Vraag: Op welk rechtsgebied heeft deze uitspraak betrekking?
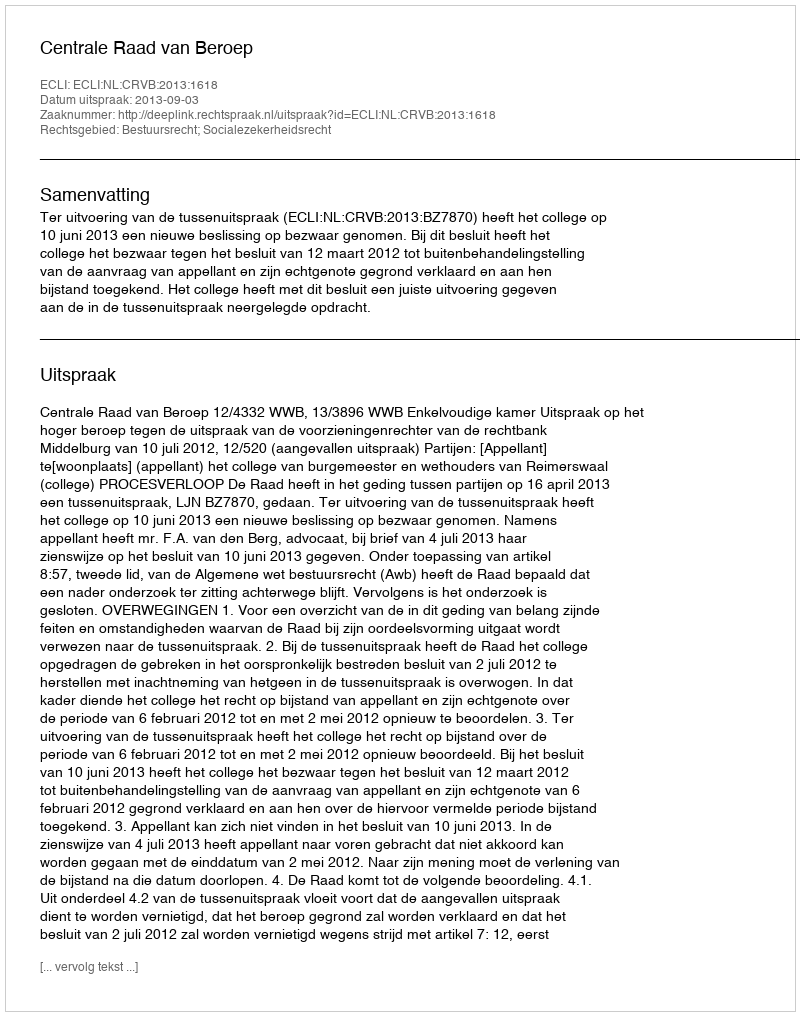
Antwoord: Bestuursrecht; Socialezekerheidsrecht